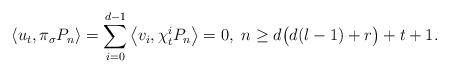
LaTeX: \begin{align*}\left\langle u_{t},\pi_{\sigma}P_n\right\rangle=\sum_{i=0}^{d-1}\left\langle v_i,\chi_{t}^iP_n\right\rangle =0, \ n\geq d\big(d(l-1)+r\big)+t+1.\end{align*}